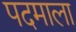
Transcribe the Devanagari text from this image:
पदमाला